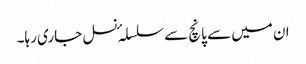
ان میں سے پانچ سے سلسلہٴ نسل جاری رہا۔